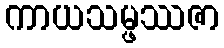
ကာယသမ္ဖဿဇာ